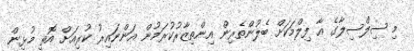
މި ސިލްސިލާގެ އާ ފިލްމަކަށް ބެލުންތެރިން އިންތިޒާރުކުރަމުން އަންނައިރު ކުރިއަށް އޮތީ މުޅިން